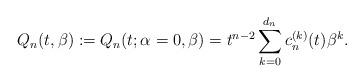
LaTeX: \begin{gather*}Q_n(t,\beta):= Q_n(t;\alpha=0,\beta)= t^{n-2} \sum_{k=0}^{d_{n}} c_{n}^{(k)}(t) \beta^{k}.\end{gather*}